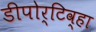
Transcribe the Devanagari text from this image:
डीपोर्टिव्हा